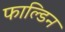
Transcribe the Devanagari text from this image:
फाल्डिन